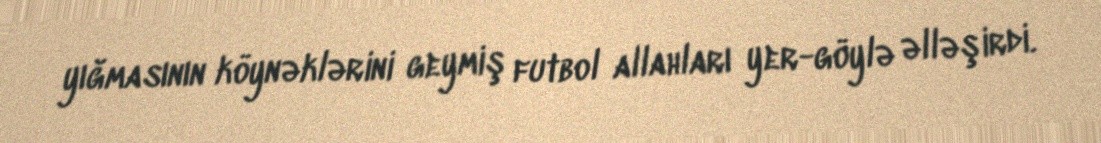
yığmasının köynəklərini geymiş futbol allahları yer-göylə əlləşirdi.